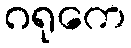
ဂရုကေ